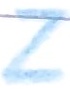
Text: Z